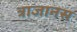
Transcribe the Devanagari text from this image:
त्राजानस